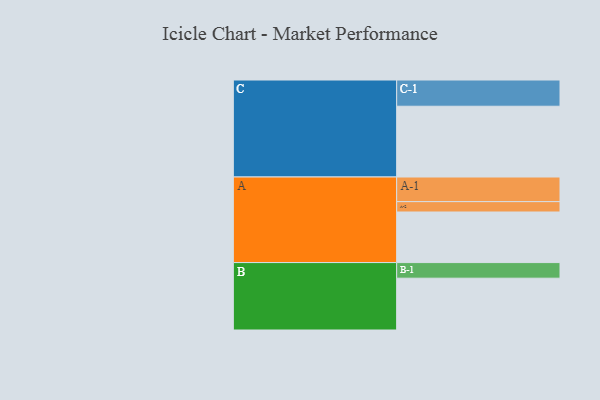
{"axis": {"x": "Segment", "y": "Value"}, "legend": ["", "A", "B", "C"], "data": [{"x": "A", "y": 376, "type": ""}, {"x": "B", "y": 385, "type": ""}, {"x": "C", "y": 526, "type": ""}, {"x": "A-1", "y": 183, "type": "A"}, {"x": "A-2", "y": 77, "type": "A"}, {"x": "B-1", "y": 116, "type": "B"}, {"x": "C-1", "y": 195, "type": "C"}]}